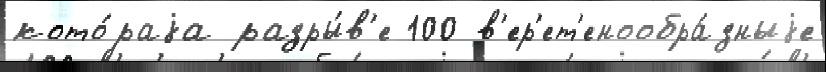
кото́раjа разры́в'е 100 в'ер'ет'енообра́зныjе